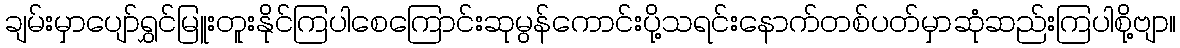
ချမ်းမှာပျော်ရွှင်မြူးတူးနိုင်ကြပါစေကြောင်းဆုမွန်ကောင်းပို့သရင်းနောက်တစ်ပတ်မှာဆုံဆည်းကြပါစို့ဗျာ။